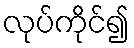
လုပ်ကိုင်၍